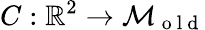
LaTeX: C:\mathbb{R}^{2}\to\mathcal{M}_{\mathrm{~o~l~d~}}